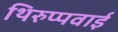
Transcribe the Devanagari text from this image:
थिरुप्पवाई